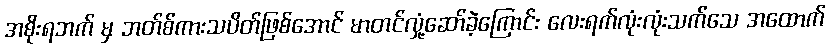
အစိုးရဘက် မှ ဘတ်စ်ကားသပိတ်ဖြစ်အောင် မာတင်လှုံ့ဆော်ခဲ့ကြောင်း လေးရက်လုံးလုံးသက်သေ အထောက်